system: You are a helpful assistant.
user:
Analyze the provided spectrum to determine if it is a **S-type Star**.

- **Key Indicators for S-type Star:**

    - **(Overall Spectrum Shape):** The first and most obvious characteristic is the overall continuum (the "baseline" shape). It is **extremely "red-sloping,"** meaning the flux (light intensity) is very low on the left side (blue, ~4000-4500 Å) and rises steeply and continuously toward the right side (red, ~7000 Å+).

    - **(Primary):** The spectrum is defined by the presence of strong, broad molecular absorption "valleys" (bands) from **Zirconium Oxide (ZrO)**. The identification of these bands is the **primary requirement** for classifying a star as S-type.
        - **(Key Bandheads):** You must find distinct, deep "dips" where the light has been absorbed. The most critical band systems to locate are:
            - **~6474 Å** ($\gamma$-system): This is often the strongest and clearest ZrO feature, found in the red part of the spectrum.
            - **~5718 Å** & **~5551 Å** ($\beta$-system): A pair of prominent absorption features in the yellow-orange part of the spectrum.
            - **~4640 Å** ($\alpha$-system): A key absorption band system in the blue-green region of the spectrum.

    - **(Secondary Confirmation):** The classification is strengthened by finding additional absorption bands from other related heavy element oxides, which are expected to be present alongside ZrO.
        - **(Key Bandheads):**
            - **Yttrium Oxide (YO):** Look for absorption dips near **~4800 Å** and **~6100 Å**.
            - **Lanthanum Oxide (LaO):** Additional absorption features, particularly in the red-orange part of the spectrum, are also characteristic.

    - **(Line Profile):** The combination of the steep red continuum and these numerous, deep molecular bands (ZrO, YO, etc.) gives the entire spectrum a very **"chopped-up"** or **"bumpy"** appearance. Instead of a smooth curve, the spectrum looks as though large, wide chunks of light have been "carved out" of it at the specific wavelengths listed above.

Think first, call **spectral_visualization_tool** if needed to examine features in detail, then provide your final answer. Your response must adhere to the following strict rules:
1.  **Overall Structure:** Your response must follow the format `<think>...</think> <tool_call>...</tool_call> (if a tool is used) <answer>...</answer>`.
2.  **Tool Usage Constraint:** You may only make **one** tool call per turn.
3.  **Final Answer Format:** In the `<answer>` tag, your conclusion must be inside a `\boxed{}` command (e.g., `\boxed{YES}` or `\boxed{NO}`), followed by your justification.

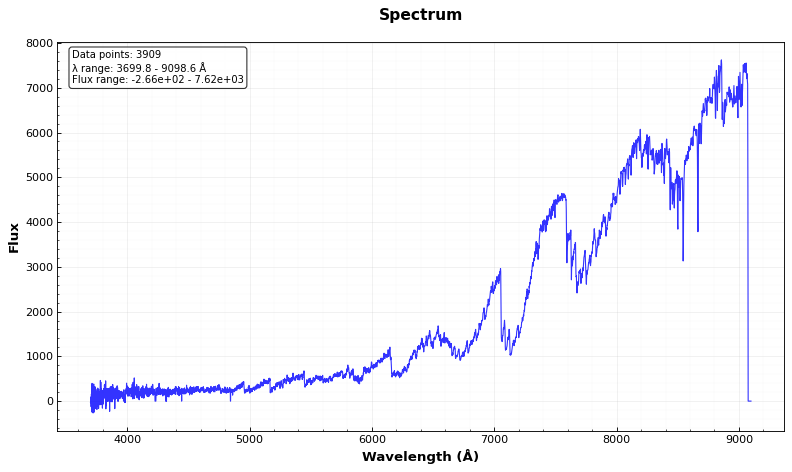
Answer: YES